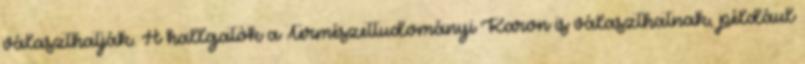
választhatják. A hallgatók a Természettudományi Karon is választhatnak, például